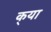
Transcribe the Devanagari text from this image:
क्‌या